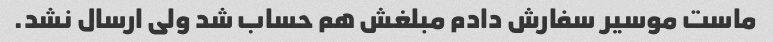
ماست موسیر سفارش دادم مبلغش هم حساب شد ولی ارسال نشد.